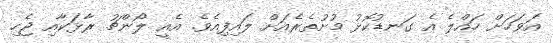
އަވަހަށް ހައްލެ އެ ގަނޑުކޮޅު މުށުތެރެއަށް ލައިފިއެވެ. އެއީ ލޯންޗު ރާޅަކާއި ޖެހި